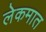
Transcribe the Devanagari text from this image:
लेकमात